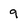
Character: 9